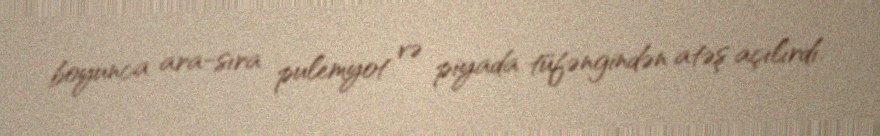
boyunca ara-sıra pulemyot və piyada tüfəngindən atəş açılırdı.